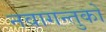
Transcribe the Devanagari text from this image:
नवागन्तुको